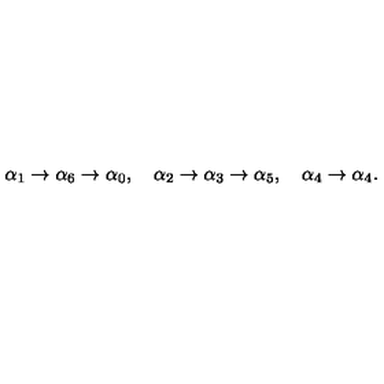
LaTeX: \alpha _ { 1 } \rightarrow \alpha _ { 6 } \rightarrow \alpha _ { 0 } , \quad \alpha _ { 2 } \rightarrow \alpha _ { 3 } \rightarrow \alpha _ { 5 } , \quad \alpha _ { 4 } \rightarrow \alpha _ { 4 } .